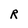
Character: R